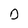
Character: 0